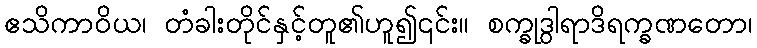
ဧသိကာဝိယ၊ တံခါးတိုင်နှင့်တူ၏ဟူ၍၎င်း။ စက္ခုဒွါရာဒိရက္ခဏတော၊